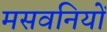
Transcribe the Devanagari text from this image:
मसवनियों